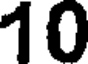
10